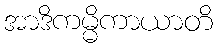
အာဒိကမ္မိကာယာတိ